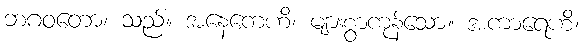
ဘဂဝတော၊ သည်။ အနေကေဟိ၊ များစွာကုန်သော။ အကာရေဟိ၊